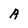
Character: A